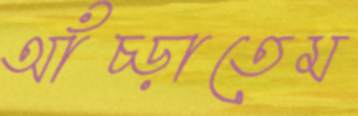
আঁচ্‌ড়াতেম